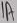
Text: 1A